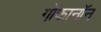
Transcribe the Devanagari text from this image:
गोफानॉन